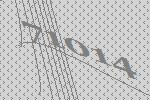
71014